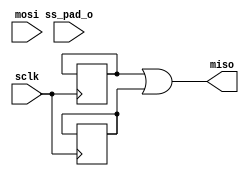
module spi_slave (input sclk,mosi,
                  input ss_pad_o,
                  output miso);

      reg rx_slave = 1'b0;
      reg tx_slave = 1'b0;
 
  reg [127:0]temp1 = {1'b0,{123{1'b0}},4'b0000};
  reg [127:0]temp2 = {1'b0,{123{1'b0}},4'b0000};

  reg miso1 = 1'b0;
  reg miso2 = 1'b0;

 always@(posedge sclk)
    begin
      if ((ss_pad_o != 8'b11111111) && rx_slave && ~tx_slave)
 
           begin
    temp1 <= {temp1[126:0],mosi};
          end
 end

 always@(negedge sclk)
    begin
      if ((ss_pad_o != 8'b11111111) && ~rx_slave && tx_slave)
 
           begin
    temp2 <= {temp2[126:0],mosi};
          end
 end

 always@(negedge sclk)
    begin
      if (rx_slave && ~tx_slave)
 
           begin
    miso1 <= temp1[127];
          end
 end

 always@(posedge sclk)
    begin
      if (~rx_slave && tx_slave)
 
           begin
    miso2 <= temp2[127];
          end
 end

 assign miso = miso1 || miso2 ;

endmodule